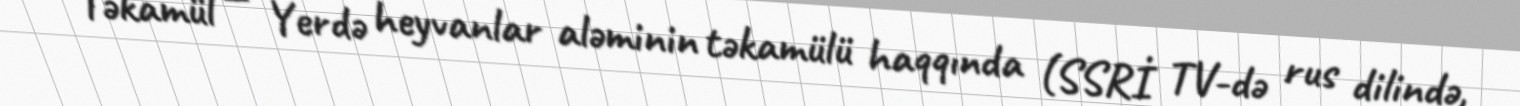
— Təkamül — Yerdə heyvanlar aləminin təkamülü haqqında (SSRİ TV-də rus dilində,